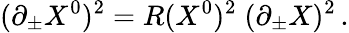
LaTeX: (\partial_{\pm}X^{0})^{2}=R(X^{0})^{2}\; (\partial_{\pm}X)^{2}\, .